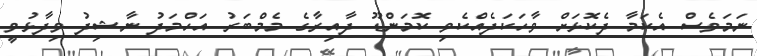
ނަމަވެސް އެކަމާ ދެކޮޅަށް ވާހަކަދެއްކެވި ކޮމަންޑޫ ދާއިރާގެ މެމްބަރު އަހްމަދު ނާޝިދު ވިދާޅުވީ